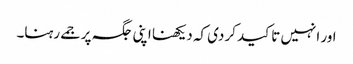
اور انہیں تاکید کردی کہ دیکھنا اپنی جگہ پر جمے رہنا۔